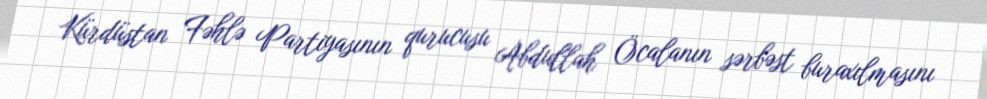
Kürdüstan Fəhlə Partiyasının qurucusu Abdullah Öcalanın sərbəst buraxılmasını